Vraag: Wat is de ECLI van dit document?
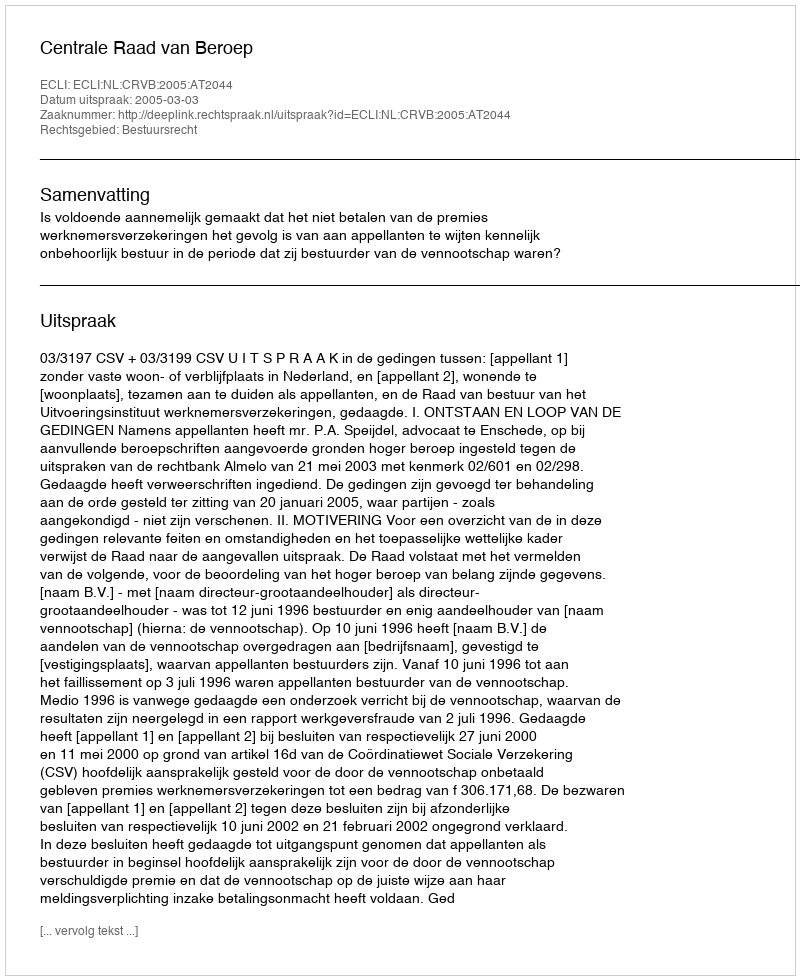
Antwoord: ECLI:NL:CRVB:2005:AT2044